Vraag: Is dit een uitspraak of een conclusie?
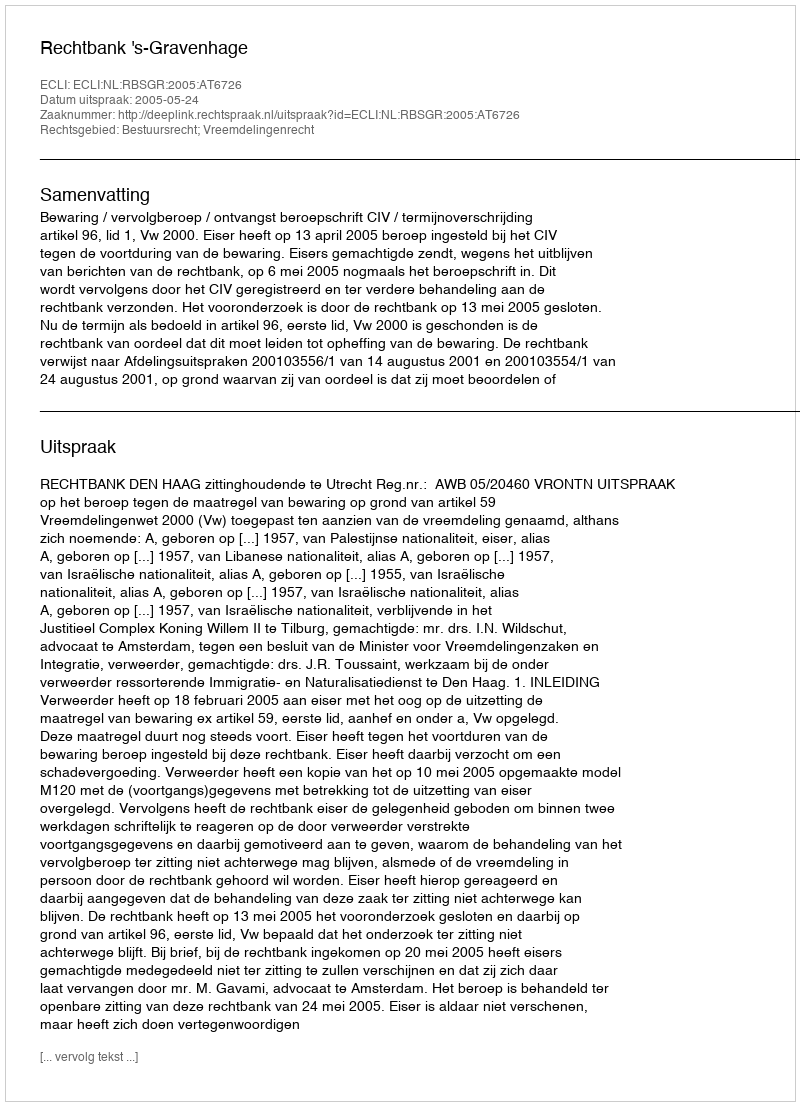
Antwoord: Uitspraak